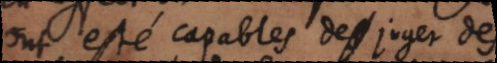
ont esté capables de juger des